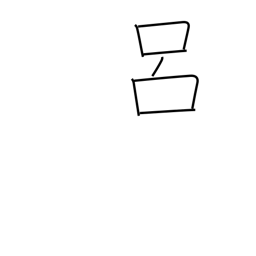
Meaning: backbone